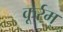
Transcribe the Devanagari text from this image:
कूर्रम्